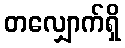
တလျှောက်ရှိ